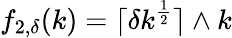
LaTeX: f_{2,\delta}(k)=\lceil\delta k^{\frac{1}{2}}\rceil\wedge k